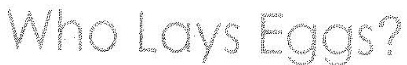
Who Lays Eggs?